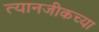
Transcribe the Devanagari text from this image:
त्यानजीकच्या